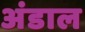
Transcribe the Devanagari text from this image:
अंडाल